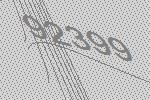
92399